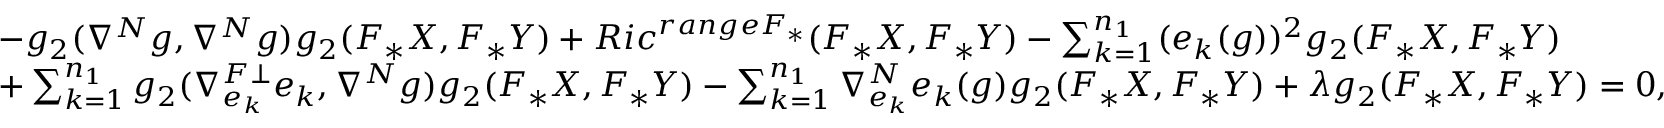
\begin{array} { l l } { - g _ { 2 } ( \nabla ^ { N } g , \nabla ^ { N } g ) g _ { 2 } ( F _ { \ast } X , F _ { \ast } Y ) + R i c ^ { r a n g e F _ { \ast } } ( F _ { \ast } X , F _ { \ast } Y ) - \sum _ { k = 1 } ^ { n _ { 1 } } ( e _ { k } ( g ) ) ^ { 2 } g _ { 2 } ( F _ { \ast } X , F _ { \ast } Y ) } \\ { + \sum _ { k = 1 } ^ { n _ { 1 } } g _ { 2 } ( \nabla _ { e _ { k } } ^ { F \bot } e _ { k } , \nabla ^ { N } g ) g _ { 2 } ( F _ { \ast } X , F _ { \ast } Y ) - \sum _ { k = 1 } ^ { n _ { 1 } } \nabla _ { e _ { k } } ^ { N } e _ { k } ( g ) g _ { 2 } ( F _ { \ast } X , F _ { \ast } Y ) + \lambda g _ { 2 } ( F _ { \ast } X , F _ { \ast } Y ) = 0 , } \end{array}